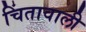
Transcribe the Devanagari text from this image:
चिंतावाली